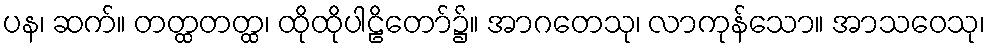
ပန၊ ဆက်။ တတ္ထတတ္ထ၊ ထိုထိုပါဠိတော်၌။ အာဂတေသု၊ လာကုန်သော။ အာသဝေသု၊